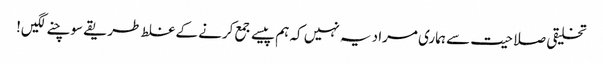
تخلیقی صلاحیت سے ہماری مراد یہ نہیں کہ ہم پیسے جمع کرنے کے غلط طریقے سوچنے لگیں!